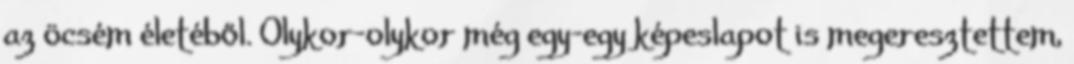
az öcsém életéből. Olykor-olykor még egy-egy képeslapot is megeresztettem,